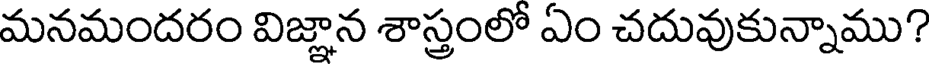
మనమందరం విజ్ఞాన శాస్త్రంలో ఏం చదువుకున్నాము?